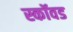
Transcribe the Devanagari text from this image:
स्कॉवड